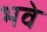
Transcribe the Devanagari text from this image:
भवे